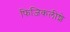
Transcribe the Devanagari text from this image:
फिज़िकलीशे